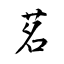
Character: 茗